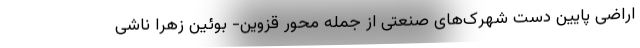
اراضی پایین دست شهرک‌های صنعتی از جمله محور قزوین- بوئین زهرا ناشی